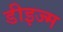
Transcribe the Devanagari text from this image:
डीइज्म